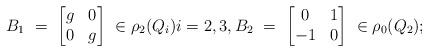
LaTeX: \begin{align*}B_1 \ = \ \begin{bmatrix} g & 0 \\ 0 & g \end{bmatrix}\ \in \rho_2(Q_i) i = 2,3, B_2 \ = \ \begin{bmatrix} 0 & 1 \\ -1 & 0 \end{bmatrix}\ \in \rho_0(Q_2);\end{align*}